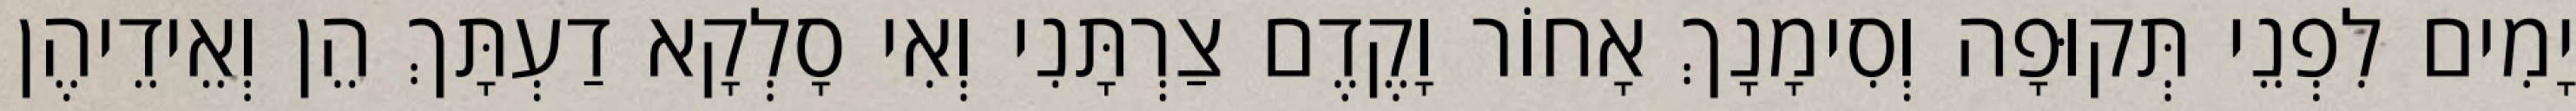
יָמִים לִפְנֵי תְּקוּפָה וְסִימָנָךְ אָחוֹר וָקֶדֶם צַרְתָּנִי וְאִי סָלְקָא דַעְתָּךְ הֵן וְאֵידֵיהֶן